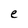
Character: e